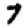
Digit: 7